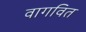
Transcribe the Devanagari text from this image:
वागवित